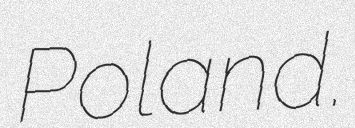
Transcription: Poland.